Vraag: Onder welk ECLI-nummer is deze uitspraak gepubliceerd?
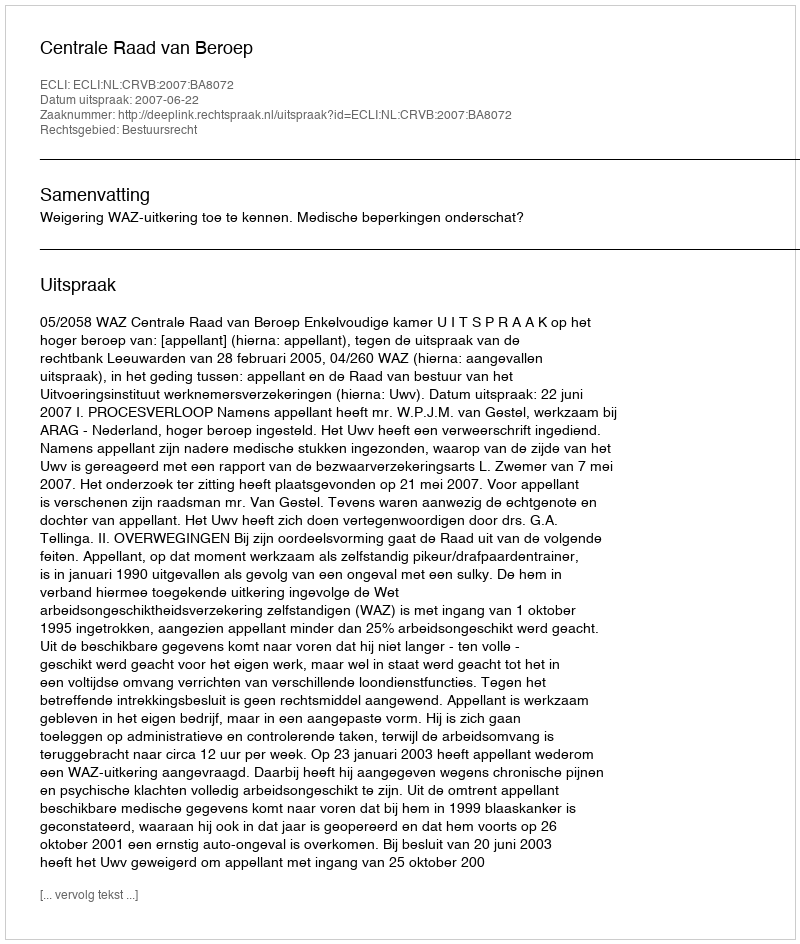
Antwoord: ECLI:NL:CRVB:2007:BA8072